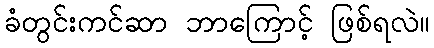
ခံတွင်းကင်ဆာ ဘာကြောင့် ဖြစ်ရလဲ။